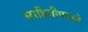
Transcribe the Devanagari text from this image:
माहितीपटाने